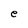
Character: e